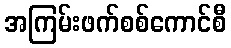
အကြမ်းဖက်စစ်ကောင်စီ